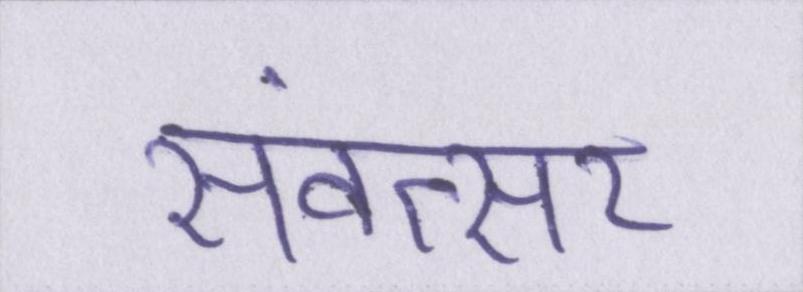
संवत्सर